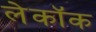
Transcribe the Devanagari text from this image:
लेकॉक